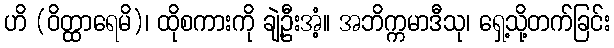
ဟိ (ဝိတ္ထာရေမိ)၊ ထိုစကားကို ချဲ့ဦးအံ့။ အဘိက္ကမာဒီသု၊ ရှေ့သို့တက်ခြင်း